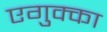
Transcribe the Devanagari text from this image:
एगुक्का